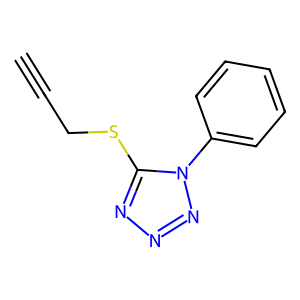
SMILES: C#CCSc1nnnn1-c1ccccc1
Inhibits HIV replication: No